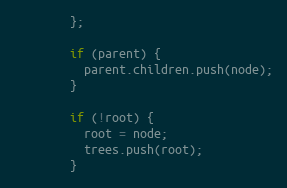
Language: JavaScript
        };

        if (parent) {
          parent.children.push(node);
        }

        if (!root) {
          root = node;
          trees.push(root);
        }